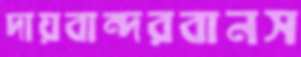
দায়বান্দরবানস